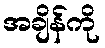
အချိန်ကို